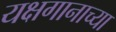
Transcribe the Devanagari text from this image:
यक्षगानाच्या